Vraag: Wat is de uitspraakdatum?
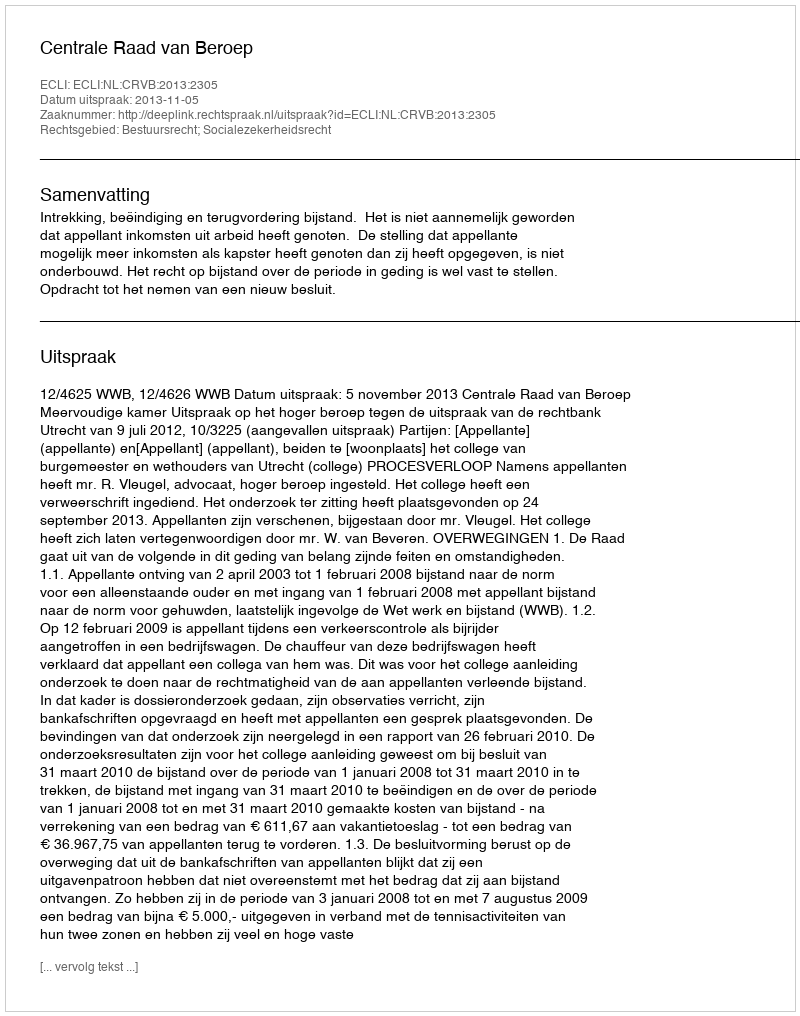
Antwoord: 2013-11-05